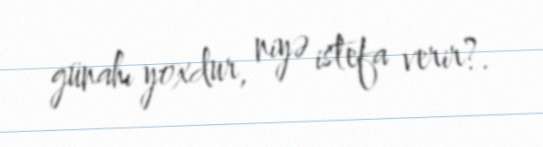
günahı yoxdur, niyə istefa verir?.